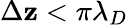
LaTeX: \Delta\mathbf{z}<\pi\lambda_{D}